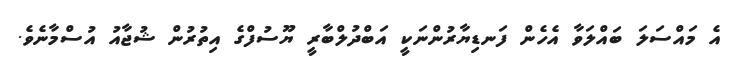
އެ މައްސަލަ ބައްލަވާ އެހެން ފަނޑިޔާރުންނަކީ އަބްދުލްބާރީ ޔޫސުފްގެ އިތުރުން ޝުޖާއު އުސްމާނެވެ.